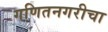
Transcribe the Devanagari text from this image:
गणितनगरीचा